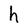
Character: h